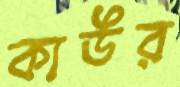
কাউর